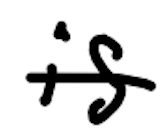
Text: is
Cross-out: single-line
Writing tool: digital_black